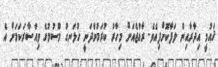
ޤައުމީ އިދާރާއިން ލަފާކޮށްފިއެވެ. ރާއްޖެއަށް މިހާރު ކުރަމުންދަނީ ހުޅަނގު މޫސުމުގެ ވިއްސާރަކަމަށް އެ